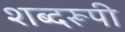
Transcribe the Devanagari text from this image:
शब्दरूपी